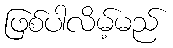
ဖြစ်ပါလိမ့်မည်